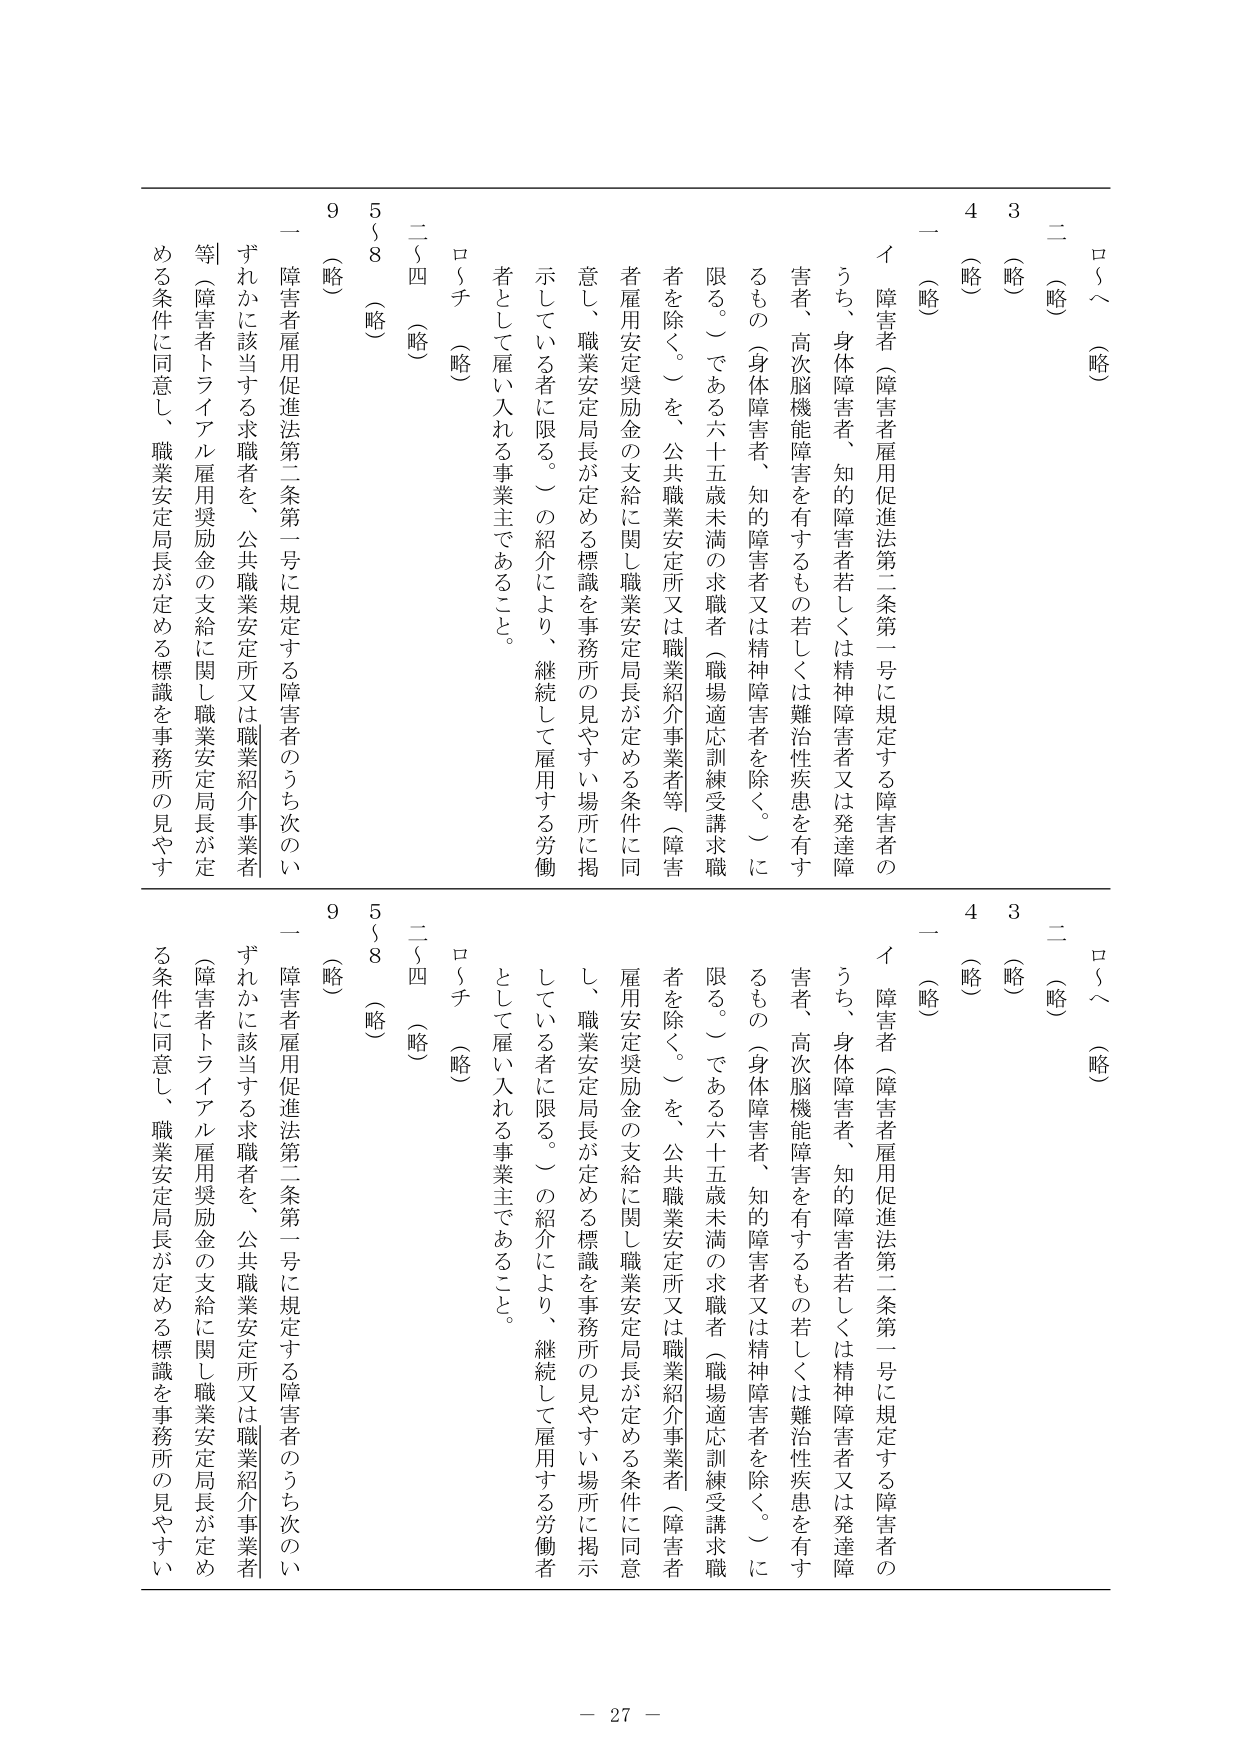
ロ～（略）
二（略）
3（略）
4（略）
一（略）
イ 障害者（障害者雇用促進法第二条第一号に規定する障害者のうち、身体障害者、知的障害者若しくは精神障害者又は発達障害者、高次脳機能障害を有するもの若しくは難治性疾患を有するもの（身体障害者、知的障害者又は精神障害者を除く。）に限る。）である六十五歳未満の求職者（職場適応訓練受講求職者を除く。）を、公共職業安定所又は職業紹介事業者等（障害者雇用安定奨励金の支給に関し職業安定局長が定める条件に同意し、職業安定局長が定める標識を事務所の見やすい場所に掲示している者に限る。）の紹介により、継続して雇用する労働者として雇い入れる事業主であること。
ロ～チ（略）
二～四（略）
5～8（略）
9（略）
一 障害者雇用促進法第二条第一号に規定する障害者のうち次のいずれかに該当する求職者を、公共職業安定所又は職業紹介事業者等（障害者トライアル雇用奨励金の支給に関し職業安定局長が定める条件に同意し、職業安定局長が定める標識を事務所の見やすい場所に掲示している者に限る。）の紹介により、継続して雇用する労働者として雇い入れる事業主であること。
ロ～チ（略）
二～四（略）
5～8（略）
9（略）
一 障害者雇用促進法第二条第一号に規定する障害者のうち次のいずれかに該当する求職者を、公共職業安定所又は職業紹介事業者等（障害者トライアル雇用奨励金の支給に関し職業安定局長が定める条件に同意し、職業安定局長が定める標識を事務所の見やすい場所に掲示している者に限る。）の紹介により、継続して雇用する労働者として雇い入れる事業主であること。
- 27 -